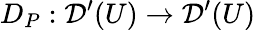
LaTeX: D_{P}:{\mathcal{D}}^{\prime}(U)\to{\mathcal{D}}^{\prime}(U)